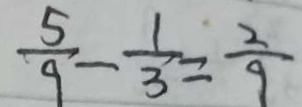
\frac { 5 } { 9 } - \frac { 1 } { 3 } = \frac { 2 } { 9 }